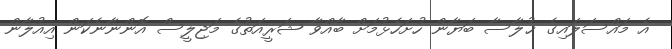
އެ މައްސަލައިގެ ޚުލާސާ ބަޔާން ހުށަހެޅުމަށް ބާއްވާ ޝަރީއަތުގެ މަޖިލީސް އޮންނާނެކަން އިއުލާން